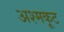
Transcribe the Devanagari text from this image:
अश्मकूट